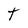
Character: T